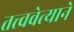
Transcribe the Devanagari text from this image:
तत्त्ववेत्याने